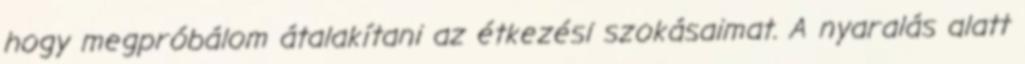
hogy megpróbálom átalakítani az étkezési szokásaimat. A nyaralás alatt